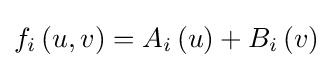
f_{i}\left(u,v\right)=A_{i}\left(u\right)+B_{i}\left(v\right)